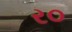
ર૦